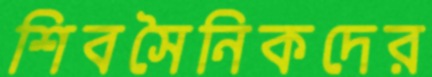
শিবসৈনিকদের